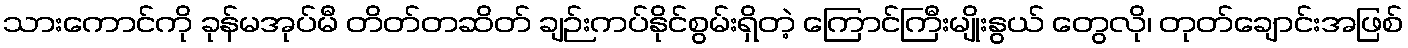
သားကောင်ကို ခုန်မအုပ်မီ တိတ်တဆိတ် ချဉ်းကပ်နိုင်စွမ်းရှိတဲ့ ကြောင်ကြီးမျိုးနွယ် တွေလို၊ တုတ်ချောင်းအဖြစ်